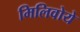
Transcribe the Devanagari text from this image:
मिलिवोये